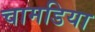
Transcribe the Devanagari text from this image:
चामडिया